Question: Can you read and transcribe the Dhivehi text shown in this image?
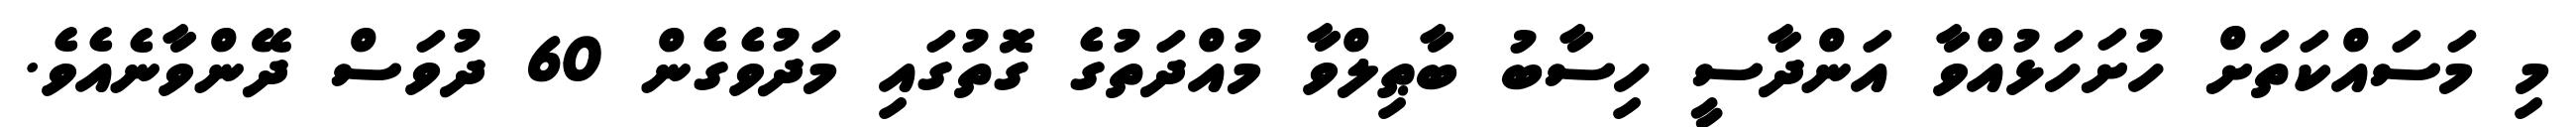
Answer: މި މަސައްކަތަށް ހުށަހަޅުއްވާ އަންދާސީ ހިސާބު ބާޠިލްވާ މުއްދަތުގެ ގޮތުގައި މަދުވެގެން 60 ދުވަސް ދޭންވާނެއެވެ.